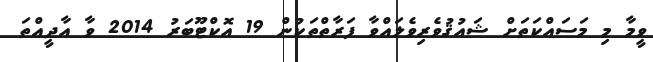
ވީމާ މި މަސައްކަތަށް ޝައުޤުވެރިވެލައްވާ ފަރާތްތަކުން 19 އޮކްޓޫބަރު 2014 ވާ އާދީއްތަ